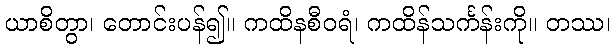
ယာစိတွာ၊ တောင်းပန်၍။ ကထိနစီဝရံ၊ ကထိန်သင်္ကန်းကို။ တဿ၊